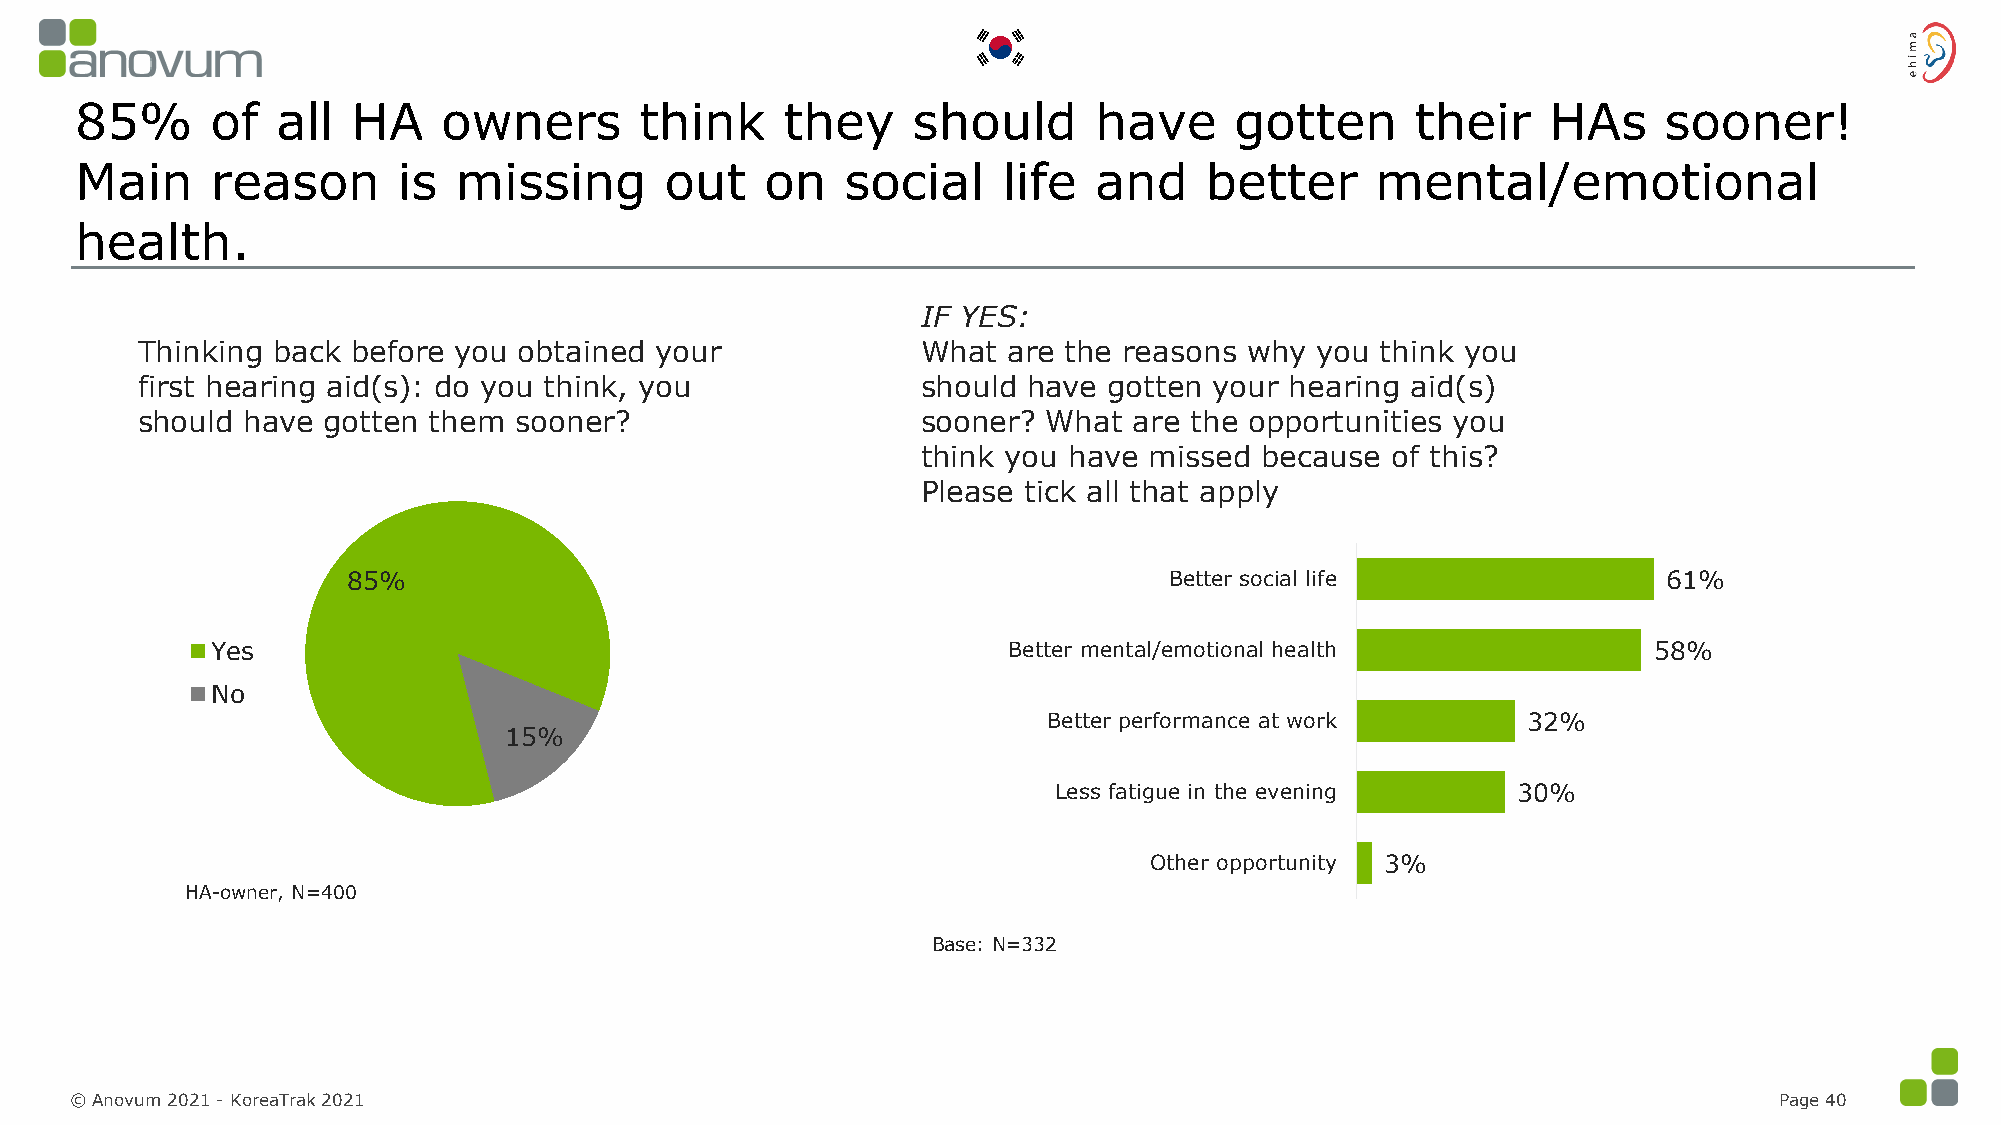
85%      of  all  HA    owners       think     they    should      have      gotten      their    HAs    sooner!
 Main     reason      is  missing       out    on   social    life  and     better     mental/emotional
 health.
 IF YES:
 Thinking back before you obtained your              What  are the reasons why you think you
 first hearing aid(s): do you think, you             should have gotten your hearing aid(s)
 should have gotten them  sooner?                    sooner? What  are the opportunities you
 think you have missed because  of this?
 Please tick all that apply
 85%                                                   Better social life               61%
 Yes                                                  Better mental/emotional health            58%
 No
 Better performance at work      32%
 15%
 Less fatigue in the evening   30%
 Other opportunity 3%
 HA-owner, N=400
 Base: N=332
 © Anovum 2021 -KoreaTrak 2021                                                                                    Page 40